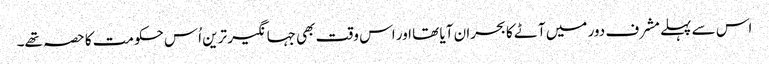
اس سے پہلے مشرف دور میں آٹے کا بحران آیا تھا اور اس وقت بھی جہانگیر ترین اُس حکومت کا حصہ تھے۔